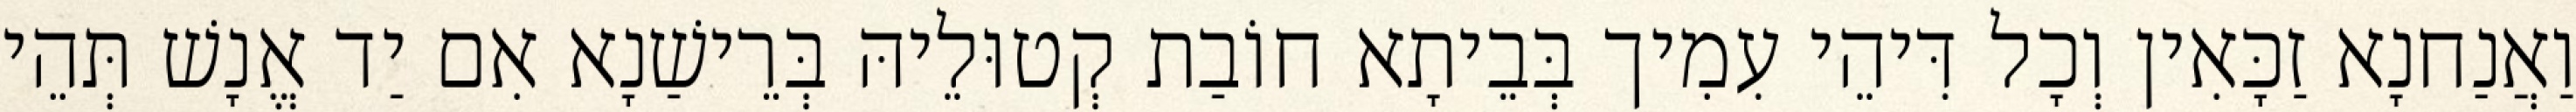
וַאֲנַחנָא זַכָּאִין וְכָל דִּיהֵי עִמִיך בְּבֵיתָא חוֹבַת קְטוּלֵיהּ בְּרֵישַׁנָא אִם יַד אֱנָשׁ תְּהֵי